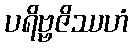
ပရိဗ္ဗဇိဿဟံ